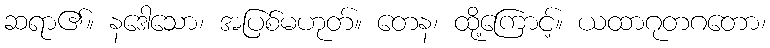
ဆရာ၏။ နဒေါသော၊ အပြစ်မဟုတ်။ တေန၊ ထို့ကြောင့်။ ယထာဂုတဂတော၊